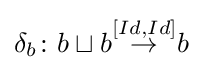
\delta _{b}\colon b\sqcup b{\stackrel {[Id,Id]}{\to }}b